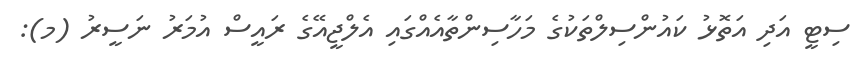
ސިޓީ އަދި އަތޮޅު ކައުންސިިލްތަކުގެ މަހާސިންތާއެއްގައި އެލްޖީއޭގެ ރައީސް އުމަރު ނަސީރު (މ):